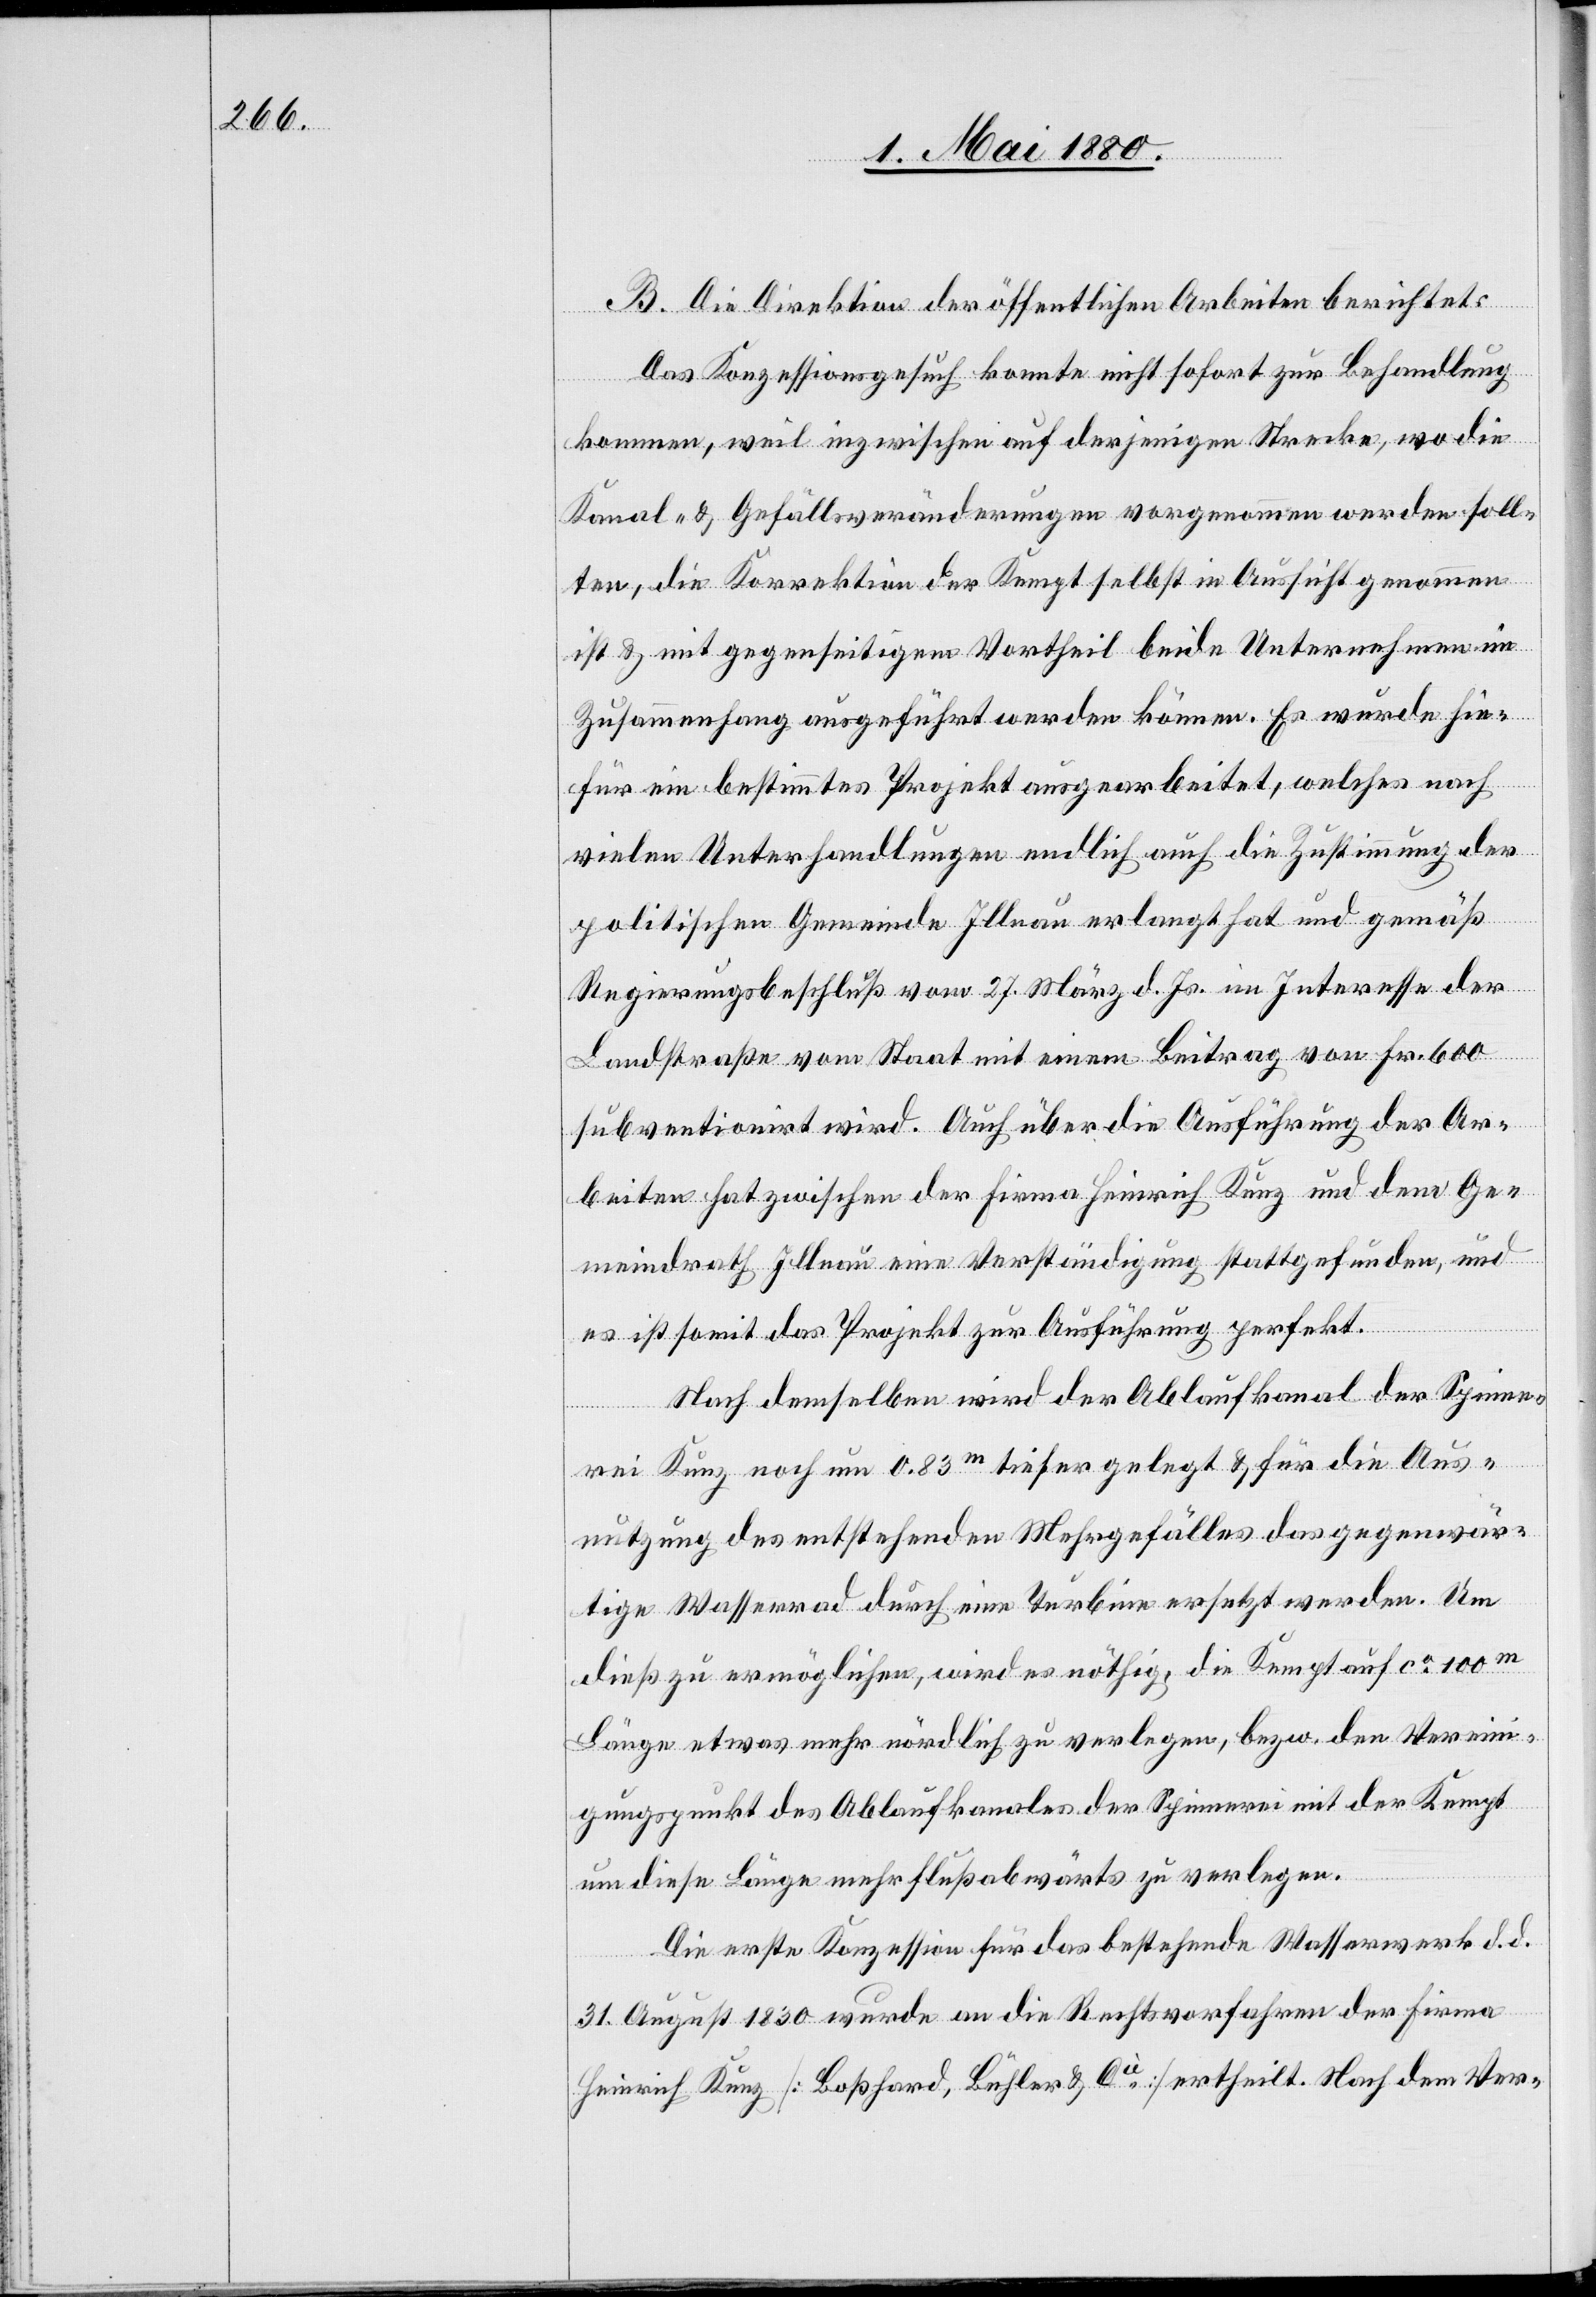
B. Die Direktion der öffentlichen Arbeiten berichtet:
Das Konzessionsgesuch konnte nicht sofort zur Behandlung
kommen, weil inzwischen auf derjenigen Strecke, wo die
Kanal- & Gefällsveränderungen vorgenommen werden soll¬
ten, die Korrektion der Kempt selbst in Aussicht genommen
ist & mit gegenseitigem Vortheil beide Unternehmen im
Zusammenhang ausgeführt werden können. Es wurde hie¬
für ein bestimmtes Projekt ausgearbeitet, welches nach
vielen Unterhandlungen endlich auch die Zustimmung der
politischen Gemeinde Illnau erlangt hat und gemäß
Regierungsbeschluß vom 27. März d. Js. im Interesse der
Landstraße vom Staat mit einem Beitrag von Fr. 600
subventionirt wird. Auch über die Ausführung der Ar¬
beiten hat zwischen der Firma Heinrich Kunz und dem Ge¬
meindrath Illnau eine Verständigung stattgefunden, und
es ist somit das Projekt zur Ausführung perfekt.
Nach demselben wird der Ablaufkanal der Spinne¬
rei Kunz noch um 0.83m tiefer gelegt & für die Aus¬
nutzung des entstehenden Mehrgefälles das gegenwär¬
tige Wasserrad durch eine Turbine ersetzt werden. Um
dieß zu ermöglichen, wird es nöthig, die Kempt auf ca 100m
Länge etwas mehr nördlich zu verlegen, bezw. den Verein¬
igungspunkt des Ablaufkanales der Spinnerei der Kempt
um diese Länge mehr flußabwärts zu verlegen.
Die erste Konzession für das bestehende Wasserwerk d. d.
31. August 1830 wurde an die Rechtsvorfahren der Firma
Heinrich Kunz [Boßhard, Bühler & Cie] ertheilt. Nach dem Ver-